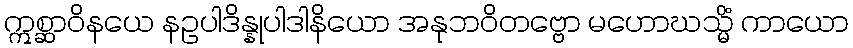
ဣစ္ဆာဝိနယေ နဥပါဒိန္နုပါဒါနိယော အနုဘဝိတဗ္ဗော မဟောဃသ္မိံ ကာယော